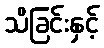
သိခြင်းနှင့်